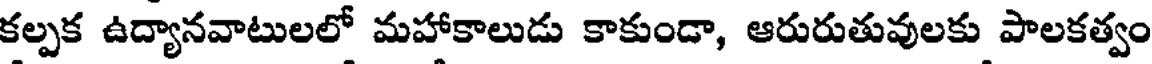
కల్పక ఉద్యానవాటులలో మహాకాలుడు కాకుండా, ఆరురుతువులకు పాలకత్వం